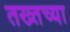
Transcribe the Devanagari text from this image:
तख्तच्या